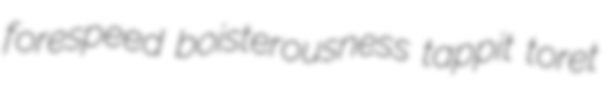
forespeed boisterousness tappit toret